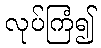
လုပ်ကြံ၍